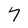
Character: 7